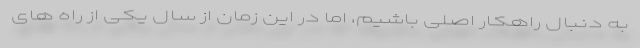
به دنبال راهکار اصلی باشیم، اما در این زمان از سال یکی از راه های